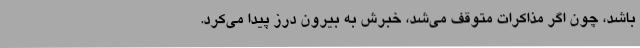
باشد، چون اگر مذاکرات متوقف می‌شد، خبرش به بیرون درز پیدا می‌کرد.